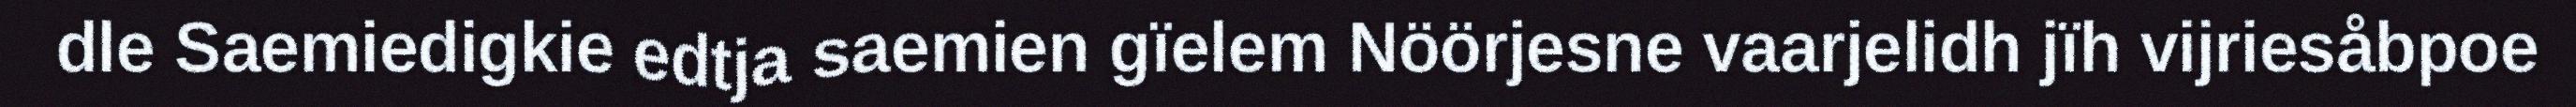
dle Saemiedigkie edtja saemien gïelem Nöörjesne vaarjelidh jïh vijriesåbpoe